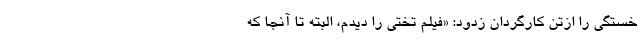
خستگی را ازتن کارگردان زدود: «فیلم تختی را دیدم، البته تا آنجا که